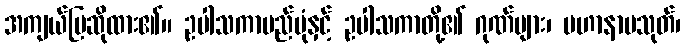
အကျယ်ပြဆိုထား၏။ ဥပါသကာမည်ပုံနှင့် ဥပါသကာတို့၏ ဂုဏ်များ၊ မဟာနာမသုတ်၊